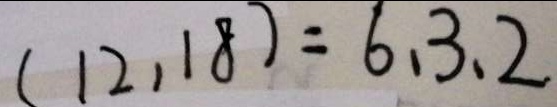
( 1 2 , 1 8 ) = 6 、 3 、 2